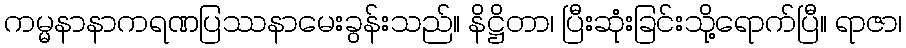
ကမ္မနာနာကရဏပြဿနာမေးခွန်းသည်။ နိဋ္ဌိတာ၊ ပြီးဆုံးခြင်းသို့ရောက်ပြီ။ ရာဇာ၊